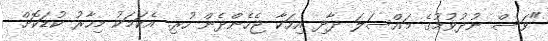
"ވަސް ނުދުވުމުގެ މައްސަލަ ދާދި އިހަކާ ޖެހެންދެން ހުރި. އެކަމަކު މިހާރު ކުޑަކޮށް